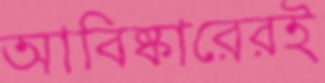
আবিষ্কারেরই